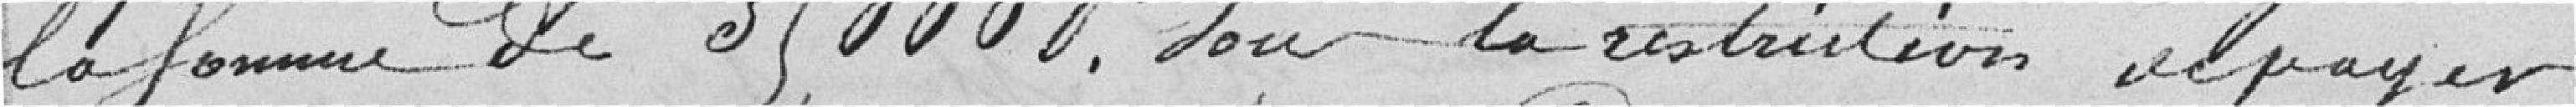
la somme de 35000 francs sous la restriction de payer